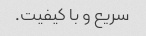
سریع و با کیفیت.